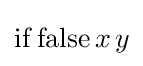
\mathrm {if} \,\mathrm {false} \,x\,y